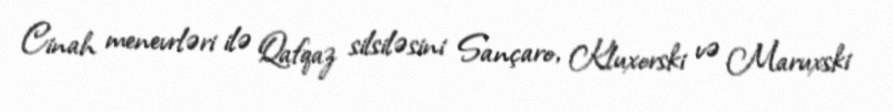
Cinah menevrləri ilə Qafqaz silsiləsini Sançaro, Kluxorski və Maruxski